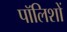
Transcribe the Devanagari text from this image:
पॉलिशों